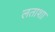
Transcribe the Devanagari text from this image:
लताशा